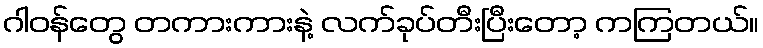
ဂါဝန်တွေ တကားကားနဲ့ လက်ခုပ်တီးပြီးတော့ ကကြတယ်။